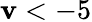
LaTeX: \mathbf{v}<-5